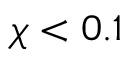
\chi < 0 . 1